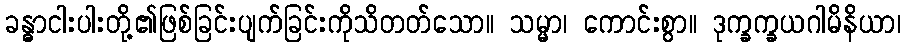
ခန္ဓာငါးပါးတို့၏ဖြစ်ခြင်းပျက်ခြင်းကိုသိတတ်သော။ သမ္မာ၊ ကောင်းစွာ။ ဒုက္ခက္ခယဂါမိနိယာ၊